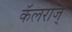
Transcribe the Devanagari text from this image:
कॅलरीज्‌